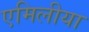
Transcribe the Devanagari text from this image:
एमिलीया